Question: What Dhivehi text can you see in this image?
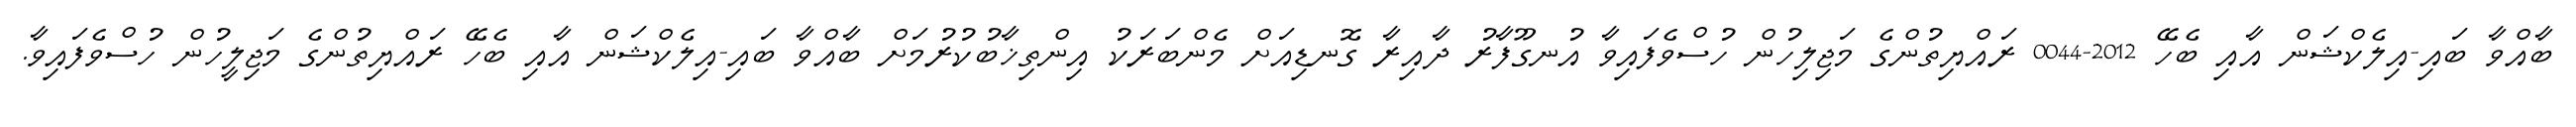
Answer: ބާއްވާ ބައި-އިލެކްޝަން އާއި ބެހޭ 2012-0044 ރައްޔިތުންގެ މަޖިލިހުން ހުސްވެފައިވާ އުނގޫފާރު ދާއިރާ ގޮނޑިއަށް މެންބަރަކު އިންތިޚާބުކުރުމަށް ބާއްވާ ބައި-އިލެކްޝަން އާއި ބެހޭ ރައްޔިތުންގެ މަޖިލީހުން ހުސްވެފައިވާ.